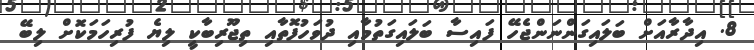
8. އިދާރާއަށް ބަލައިގަންނަންޖެހޭ ފައިސާ ބަލައިގަތުމާއި ދުވަހުފޮތާއި ތިޖޫރިބާކީ ލިޔެ ފުރިހަމަކޮށް ލިބޭ